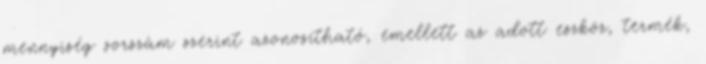
mennyiség sorszám szerint azonosítható, emellett az adott eszköz, termék,